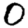
Digit: 0